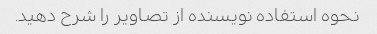
نحوه استفاده نویسنده از تصاویر را شرح دهید.